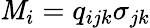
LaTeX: \mathit{M}_{i}=q_{ijk}\sigma_{jk}